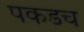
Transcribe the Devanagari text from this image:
पकडच